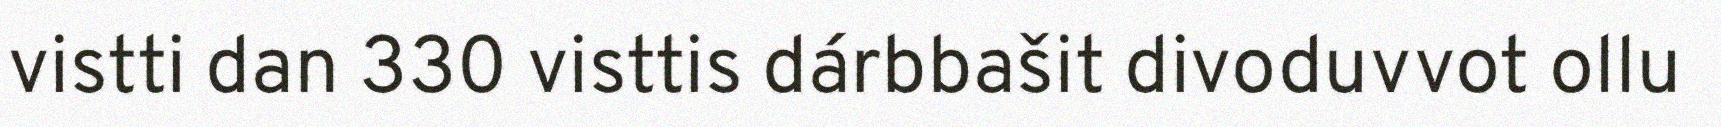
vistti dan 330 visttis dárbbašit divoduvvot ollu